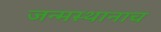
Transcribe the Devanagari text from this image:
जन्मस्थानाच